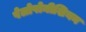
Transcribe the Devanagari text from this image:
पेलोपोनीशियन